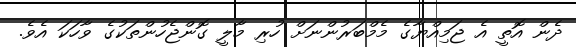
ދެން އޮތީ އެ ޖަމިއްޔާގެ މެމްބަރުންނަށް ހުރި މާލީ ގޮންޖެހުންތަކުގެ ވާހަކަ އެވެ.